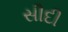
સીદી